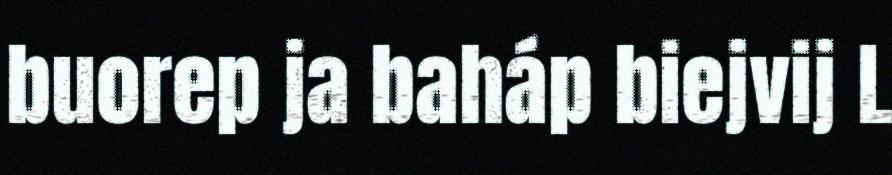
buorep ja baháp biejvij L